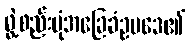
ဖွဲ့စည်းပုံအခြေခံဥပဒေ၏